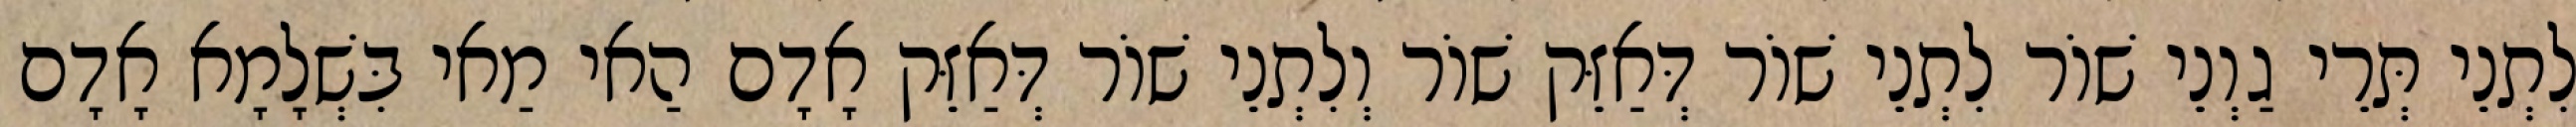
לִתְנֵי תְּרֵי גַוְנֵי שׁוֹר לִתְנֵי שׁוֹר דְּאַזֵּק שׁוֹר וְלִתְנֵי שׁוֹר דְּאַזֵּק אָדָם הַאי מַאי בִּשְׁלָמָא אָדָם